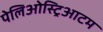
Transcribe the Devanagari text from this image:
पेलिओस्ट्रिआटम